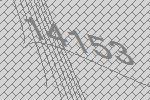
14153